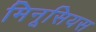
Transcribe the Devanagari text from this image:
मिनूसियस